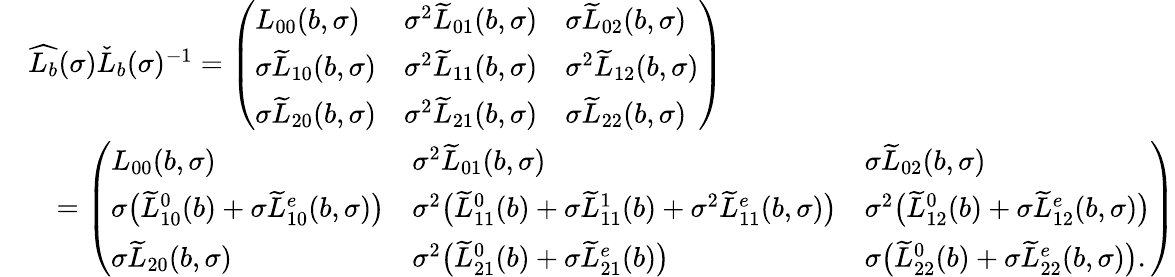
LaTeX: \begin{array}{rl}&{\widehat{L_{b}}(\sigma)\check{L}_{b}(\sigma)^{-1}=\left(\begin{array}{lll}{L_{00}(b,\sigma)}&{\sigma^{2}\widetilde{L}_{01}(b,\sigma)}&{\sigma\widetilde{L}_{02}(b,\sigma)}\\ {\sigma\widetilde{L}_{10}(b,\sigma)}&{\sigma^{2}\widetilde{L}_{11}(b,\sigma)}&{\sigma^{2}\widetilde{L}_{12}(b,\sigma)}\\ {\sigma\widetilde{L}_{20}(b,\sigma)}&{\sigma^{2}\widetilde{L}_{21}(b,\sigma)}&{\sigma\widetilde{L}_{22}(b,\sigma)}\end{array}\right)}\\ &{\quad=\left(\begin{array}{lll}{L_{00}(b,\sigma)}&{\sigma^{2}\widetilde{L}_{01}(b,\sigma)}&{\sigma\widetilde{L}_{02}(b,\sigma)}\\ {\sigma\big(\widetilde{L}_{10}^{0}(b)+\sigma\widetilde{L}_{10}^{e}(b,\sigma)\big)}&{\sigma^{2}\big(\widetilde{L}_{11}^{0}(b)+\sigma\widetilde{L}_{11}^{1}(b)+\sigma^{2}\widetilde{L}_{11}^{e}(b,\sigma)\big)}&{\sigma^{2}\big(\widetilde{L}_{12}^{0}(b)+\sigma\widetilde{L}_{12}^{e}(b,\sigma)\big)}\\ {\sigma\widetilde{L}_{20}(b,\sigma)}&{\sigma^{2}\big(\widetilde{L}_{21}^{0}(b)+\sigma\widetilde{L}_{21}^{e}(b)\big)}&{\sigma\big(\widetilde{L}_{22}^{0}(b)+\sigma\widetilde{L}_{22}^{e}(b,\sigma)\big).}\end{array}\right)}\end{array}